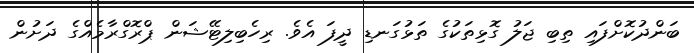
ބަންދުކޮށްފައި ތިބި ޖަލު ގޮޅިތަކުގެ ތަޅުގަނޑި ދީފަ އެވެ. ރިހެބިލިޓޭޝަން ޕްރޮގްރާމެއްގެ ދަށުން